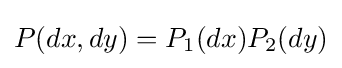
P(dx,dy)=P_{1}(dx)P_{2}(dy)